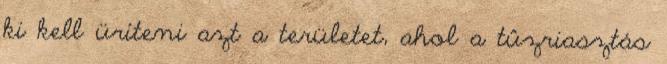
ki kell üríteni azt a területet, ahol a tûzriasztás